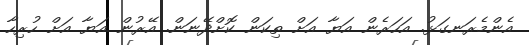
އެންމެރަނގަޅު. އަހަރެން އަޔާ އަށް ތިކަން ކޮށްދޭނަން. އޭރުން އަޔާ އަށް ހުރިހާ